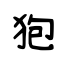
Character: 狍